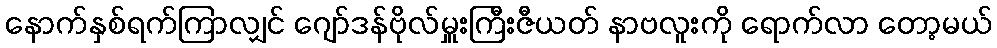
နောက်နှစ်ရက်ကြာလျှင် ဂျော်ဒန်ဗိုလ်မှူးကြီးဇီယတ် နာဗလူးကို ရောက်လာ တော့မယ်